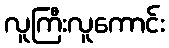
လူကြီးလူကောင်း